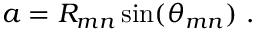
a = R _ { m n } \sin ( \theta _ { m n } ) \mathrm { ~ . ~ }